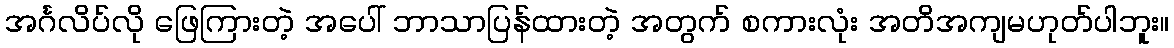
အင်္ဂလိပ်လို ဖြေကြားတဲ့ အပေါ် ဘာသာပြန်ထားတဲ့ အတွက် စကားလုံး အတိအကျမဟုတ်ပါဘူး။